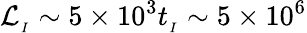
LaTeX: \mathcal{L}_{_{I}}\sim 5\times 10^{3}t_{_{I}}\sim 5\times 10^{6}